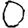
Digit: 0